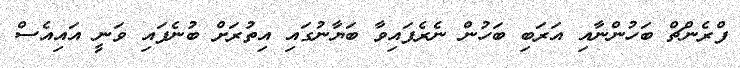
ފްރެންޗް ބަހުންނާއި އަރަބި ބަހުން ނެރެފައިވާ ބަޔާނުގައި އިތުރަށް ބުނެފައި ވަނީ އައިއެސް